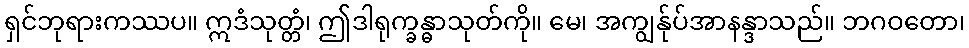
ရှင်ဘုရားကဿပ။ ဣဒံသုတ္တံ၊ ဤဒါရုက္ခန္ဓာသုတ်ကို။ မေ၊ အကျွန်ုပ်အာနန္ဒာသည်။ ဘဂဝတော၊